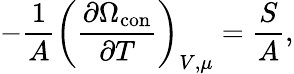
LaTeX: -\frac{1}{A}\left(\frac{\partial\Omega_{\mathrm{con}}}{\partial T}\right)_{V,\mu}=\frac{S}{A},